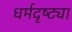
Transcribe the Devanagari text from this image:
धर्मदृष्ट्या